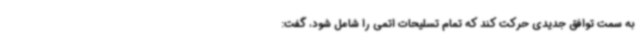
به سمت توافق جدیدی حرکت کند که تمام تسلیحات اتمی‌ را شامل شود، گفت:‌